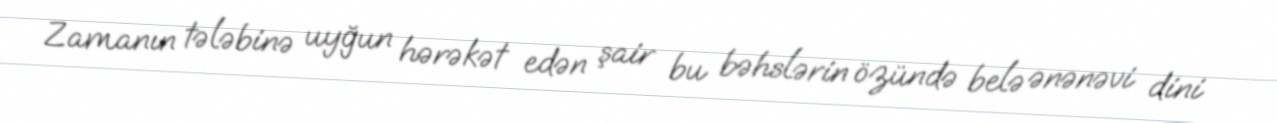
Zamanın tələbinə uyğun hərəkət edən şair bu bəhslərin özündə belə ənənəvi dini